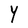
Character: Y